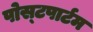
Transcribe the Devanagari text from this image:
पोस्‍टपार्टम